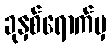
ခုနှစ်ရောက်မှ